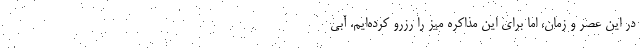
در این عصر و زمان، اما برای این مذاکره میز را رزرو کرده‌ایم. آبی